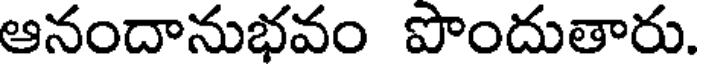
ఆనందానుభవం పొందుతారు.